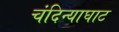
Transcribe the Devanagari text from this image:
चंदिन्याघाट